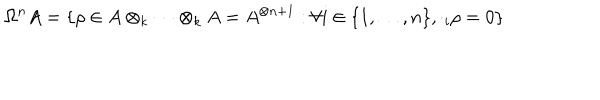
LaTeX: \Omega ^ { n } A = \{ \rho \in A \otimes _ { k } \cdots \otimes _ { k } A = A ^ { \otimes n + 1 } : \forall i \in \{ 1 , \ldots , n \} , \cdot _ { i } \rho = 0 \}